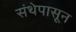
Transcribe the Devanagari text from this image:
संथेपासून